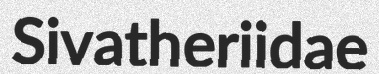
Sivatheriidae